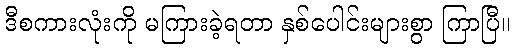
ဒီစကားလုံးကို မကြားခဲ့ရတာ နှစ်ပေါင်းများစွာ ကြာပြီ။